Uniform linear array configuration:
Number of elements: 48
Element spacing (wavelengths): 1
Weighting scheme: cosine
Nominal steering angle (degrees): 30
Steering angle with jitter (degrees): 29.991
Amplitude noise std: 0.05
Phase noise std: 0.05

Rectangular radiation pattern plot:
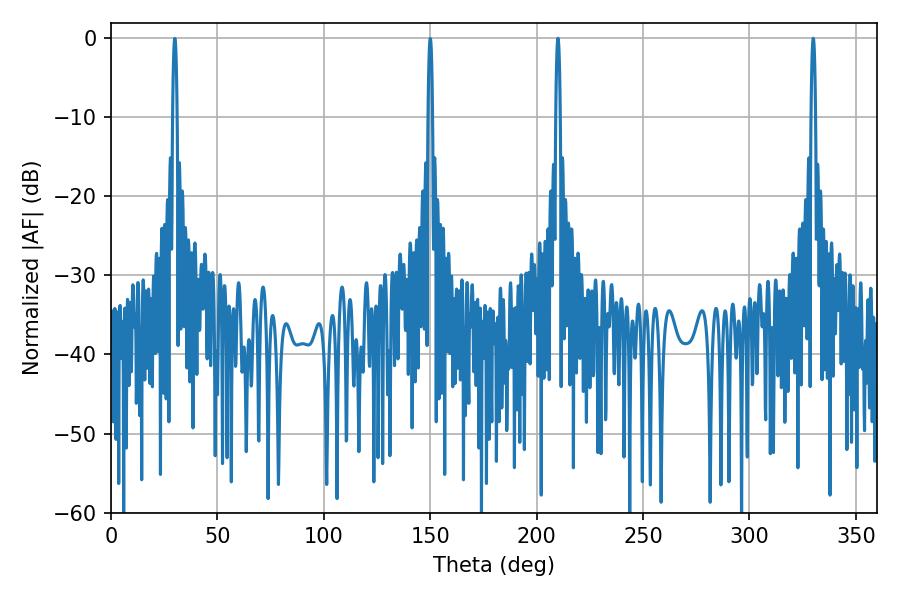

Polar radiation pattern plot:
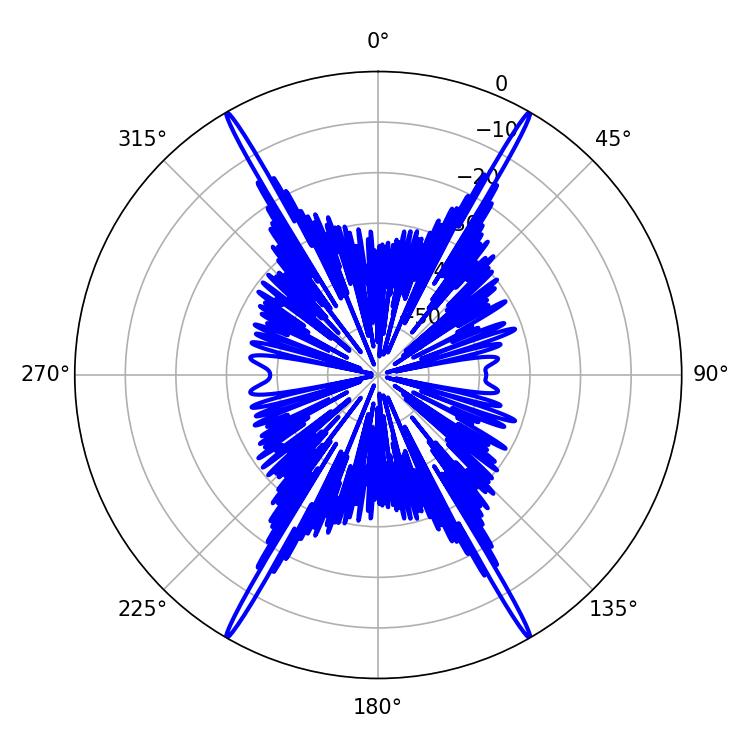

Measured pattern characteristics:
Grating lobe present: TRUE
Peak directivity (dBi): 53.183
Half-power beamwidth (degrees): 1.08
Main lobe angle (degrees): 329.94